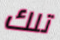
تلك